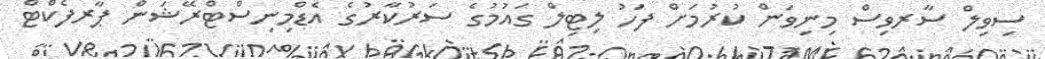
ސިވިލް ސާރވިސް މިނިވަން ކުރުމަށް ފަހު ލިޓިލް ގައުމުގެ ސަރުކާރުގެ އެޑްމިނިސްޓްރޭޝަން ޕާރފެކްޓް